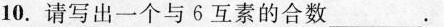
10.请写出一个与6互素的合数___。